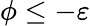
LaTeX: \phi\leq-\varepsilon